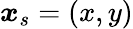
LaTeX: \boldsymbol{x}_{s}=(x,y)